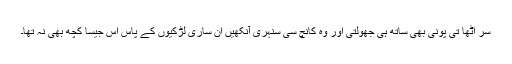
سر اٹھا تی پونی بھی ساتھ ہی جھولتی اور وہ کانچ سی سنہری آنکھیں ان ساری لڑکیوں کے پاس اس جیسا کچھ بھی نہ تھا۔